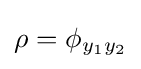
\rho =\phi _{y_{1}y_{2}}